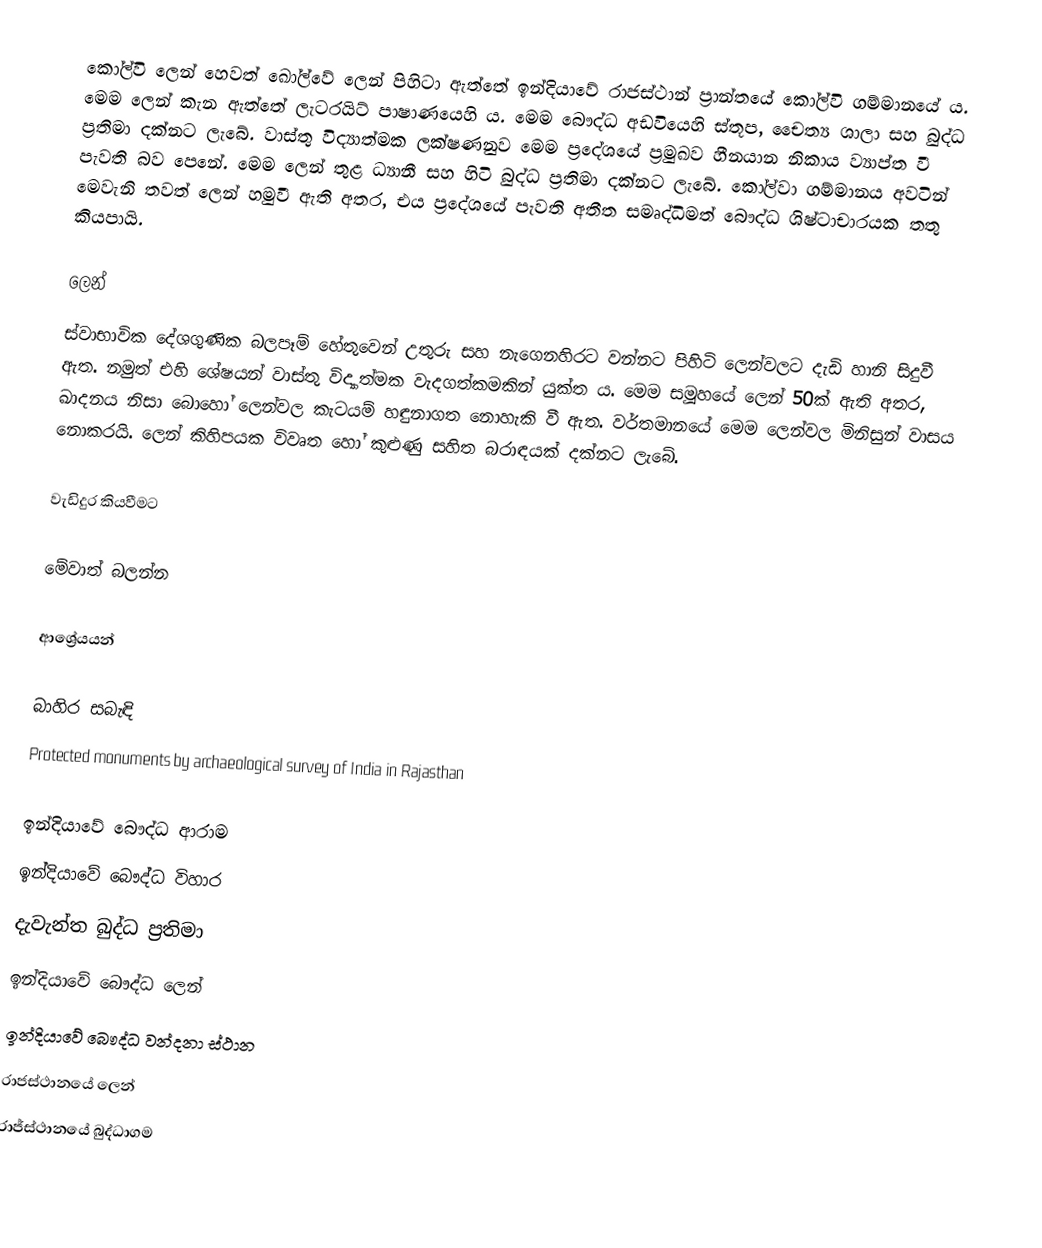
කෝල්වි ලෙන් හෙවත් ඛෝල්වේ ලෙන් පිහිටා ඇත්තේ ඉන්දියාවේ රාජස්ථාන් ප්‍රාන්තයේ කෝල්වි ගම්මානයේ ය. මෙම ලෙන් කැන ඇත්තේ ලැටරයිට් පාෂාණයෙහි ය. මෙම බෞද්ධ අඩවියෙහි ස්තූප, චෛත්‍ය ශාලා සහ බුද්ධ ප්‍රතිමා දක්නට ලැබේ. වාස්තු විද්‍යාත්මක ලක්ෂණනුව මෙම ප්‍රදේශයේ ප්‍රමුඛව හීනයාන නිකාය ව්‍යාප්ත වී පැවති බව පෙනේ. මෙම ලෙන් තුළ ධ්‍යානී සහ හිටි බුද්ධ ප්‍රතිමා දක්නට ලැබේ. කෝල්වා ගම්මානය අවටින් මෙවැනි තවත් ලෙන් හමුවී ඇති අතර, එය ප්‍රදේශයේ පැවති අතීත සමෘද්ධිමත් බෞද්ධ ශිෂ්ටාචාරයක තතු කියපායි.

ලෙන්
ස්වාභාවික දේශගුණික බලපෑම් හේතුවෙන් උතුරු සහ නැගෙනහිරට වන්නට පිහිටි ලෙන්වලට දැඩි හානි සිදුවී ඇත. නමුත් එහි ශේෂයන් වාස්තු විද්‍යාත්මක වැදගත්කමකින් යුක්ත ය. මෙම සමූහයේ ලෙන් 50ක් ඇති අතර, ඛාදනය නිසා බොහෝ ලෙන්වල කැටයම් හඳුනාගත නොහැකි වී ඇත. වර්තමානයේ මෙම ලෙන්වල මිනිසුන් වාසය නොකරයි. ලෙන් කිහිපයක විවෘත හෝ කුළුණු සහිත බරාඳයක් දක්නට ලැබේ.

වැඩිදුර කියවීමට

මේවාත් බලන්න

ආශ්‍රේයයන්

බාහිර සබැඳි
 Protected monuments by archaeological survey of India in Rajasthan

ඉන්දියාවේ බෞද්ධ ආරාම
ඉන්දියාවේ බෞද්ධ විහාර
දැවැන්ත බුද්ධ ප්‍රතිමා
ඉන්දියාවේ බෞද්ධ ලෙන්
ඉන්දියාවේ බෞද්ධ වන්දනා ස්ථාන
රාජස්ථානයේ ලෙන්
රාජ්ස්ථානයේ බුද්ධාගම